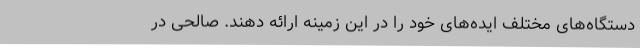
دستگاه‌های مختلف ایده‌های خود را در این زمینه ارائه دهند. صالحی در